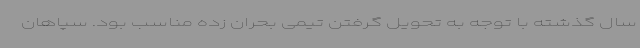
سال گذشته با توجه به تحویل گرفتن تیمی بحران زده مناسب بود. سپاهان